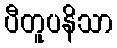
ပီတူပနိသာ